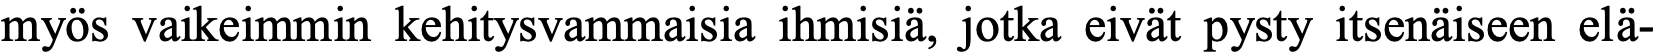
myös vaikeimmin kehitysvammaisia ihmisiä, jotka eivät pysty itsenäiseen elä-